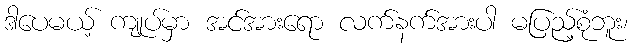
ဒါပေမယ့် ကျုပ်မှာ အင်အားရော လက်နက်အားပါ မပြည့်စုံဘူး၊